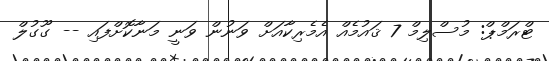
ޓްރަމްޕް: މުސްލިމް 7 ޤައުމެއް އެމެރިކާއަށް ވަނުން ވަނީ މަނާކޮށްފައި -- ގޫގުލް